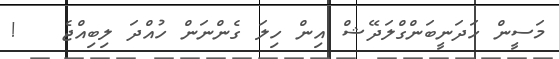
މަސީން ހަދަނީބަންގްލަދޭޝް އިން ހިލަ ގެންނަން ހުއްދަ ލިބިއްޖެ   !